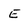
Character: E